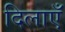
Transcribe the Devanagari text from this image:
दिलाएँ